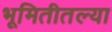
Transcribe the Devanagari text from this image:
भूमितीतल्या